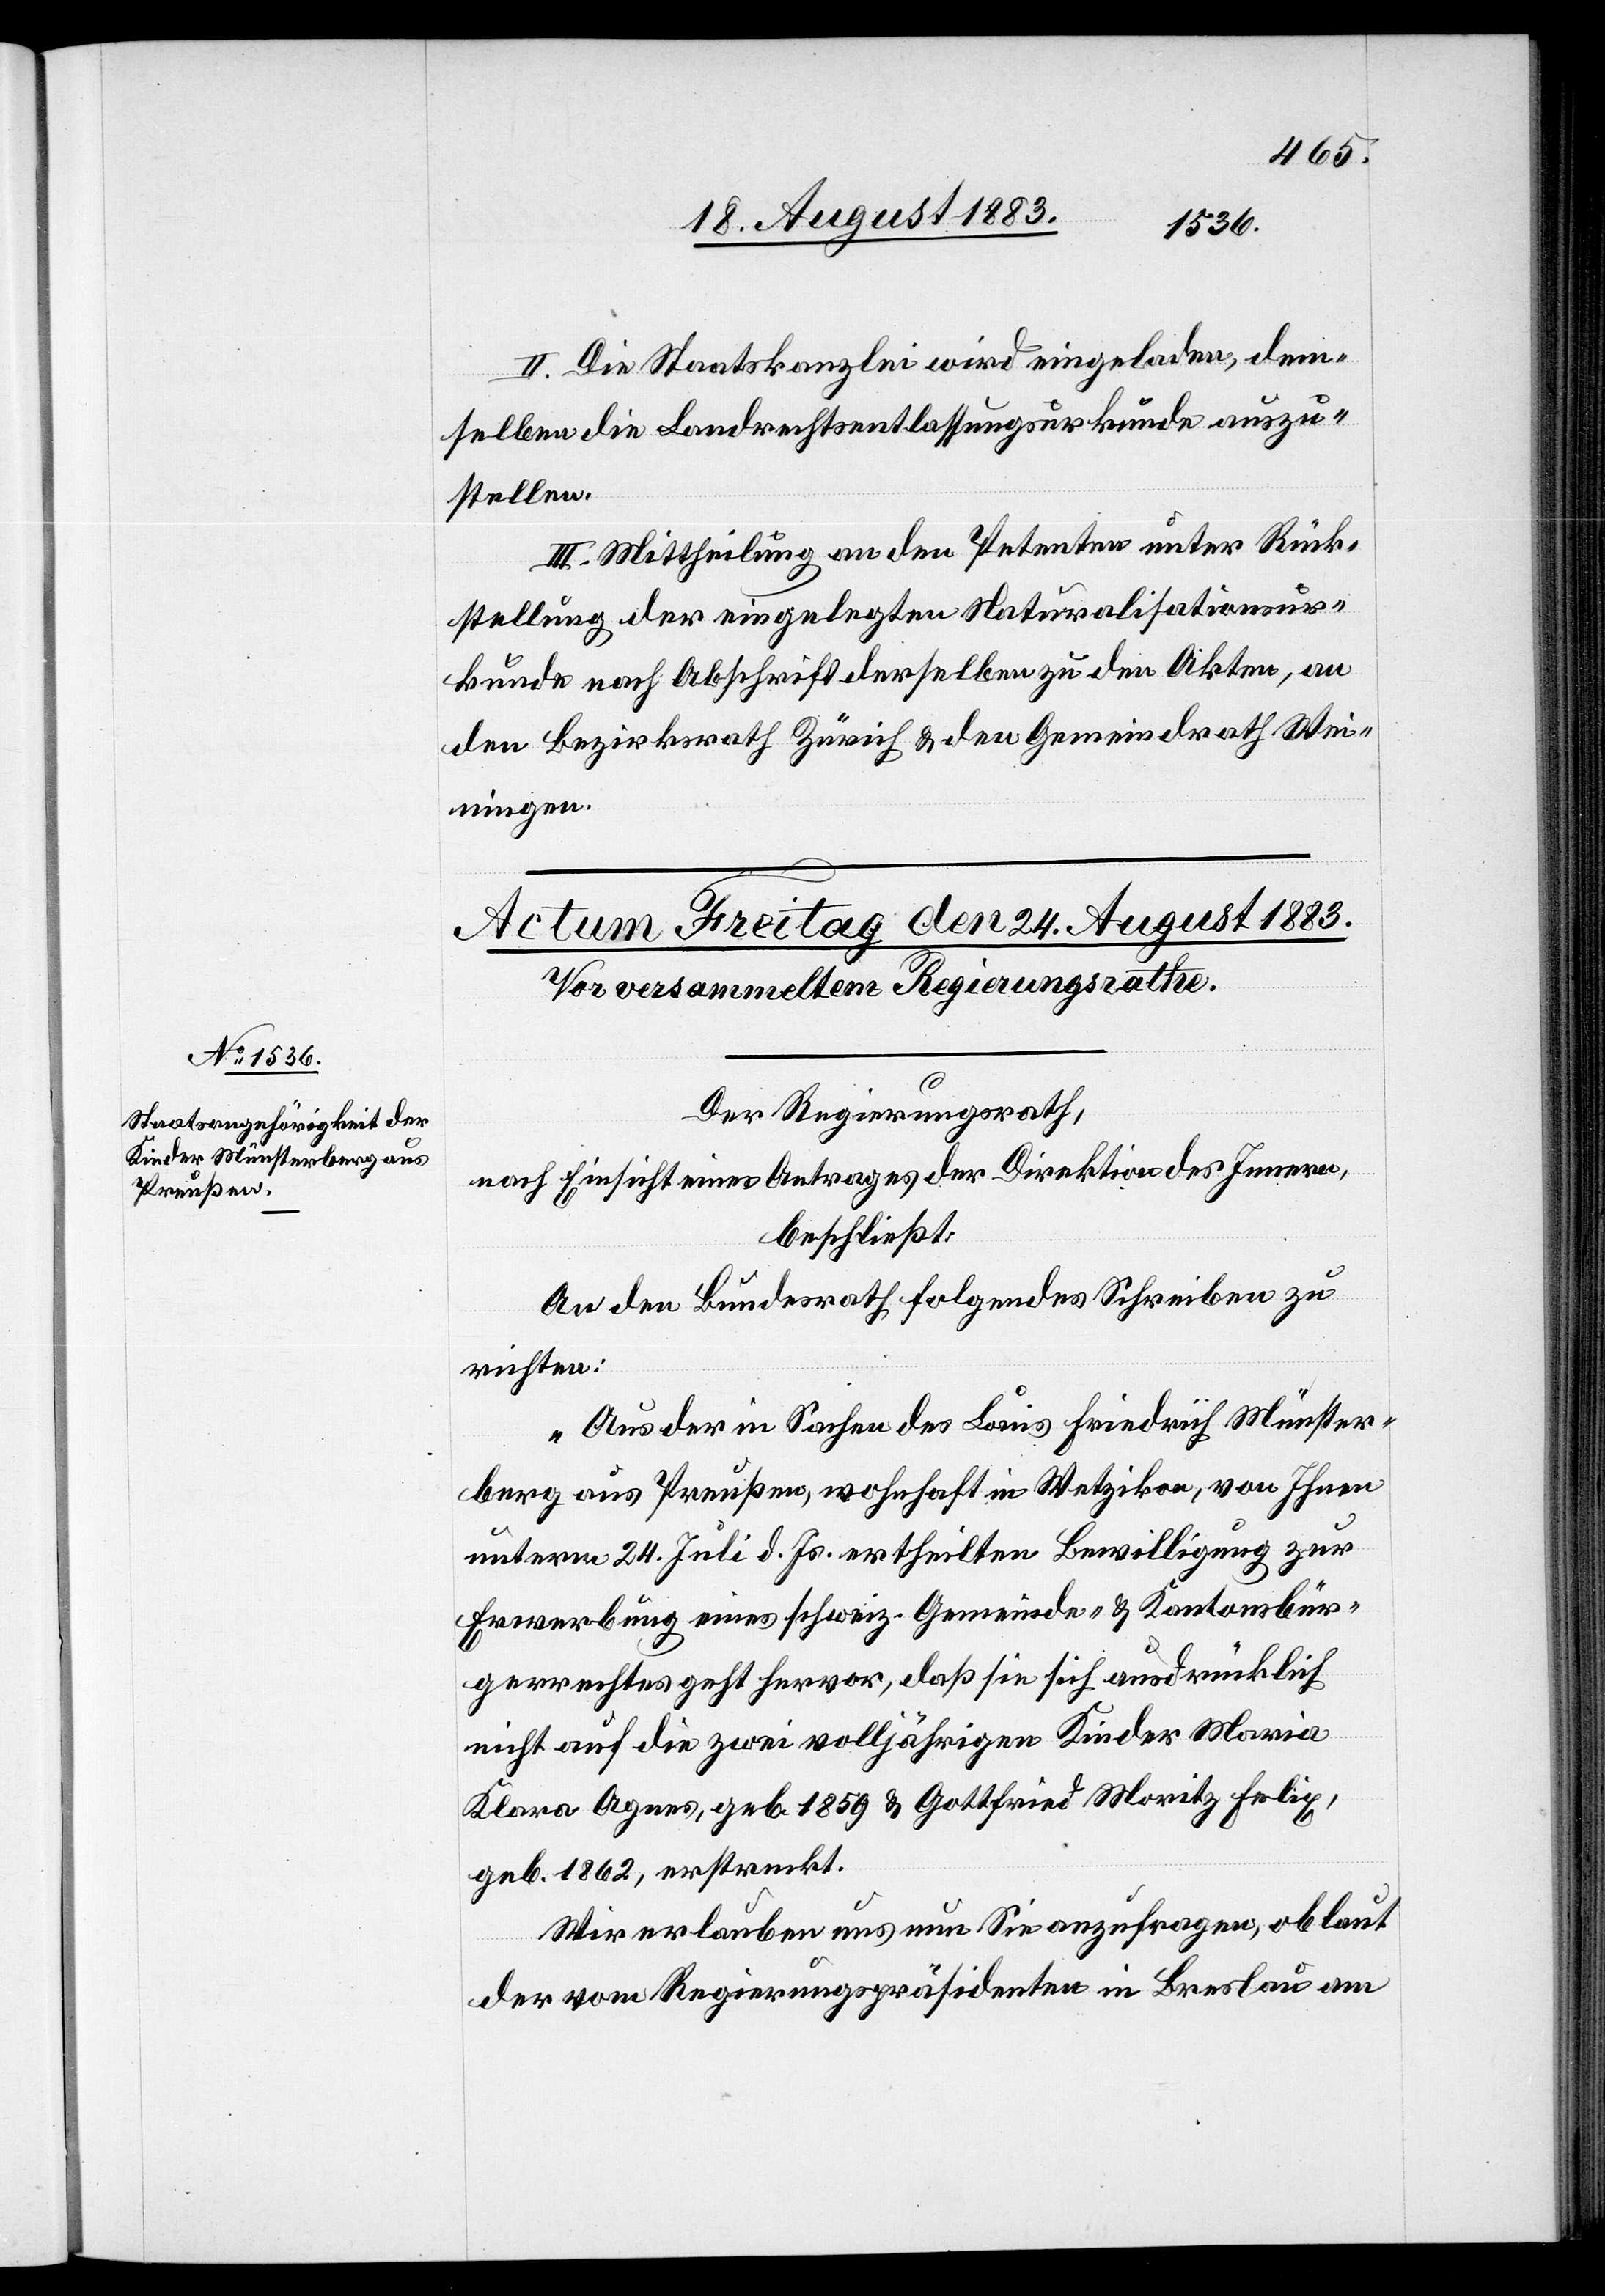
II. Die Staatskanzlei wird eingeladen, dem¬
selben die Landrechtsentlassungsurkunde auszu¬
stellen.
III. Mittheilung an den Petenten unter Rück¬
stellung der eingelegten Naturalisationsur¬
kunde nach Abschrift derselben zu den Akten, an
den Bezirksrath Zürich & den Gemeindrath Wei¬
ningen.
Der Regierungsrath,
nach Einsicht eines Antrages der Direktion des Innern,
beschließt:
An den Bundesrath folgendes Schreiben zu
richten:
„Aus der in Sachen des Louis Friedrich Münster¬
berg aus Preußen, wohnhaft in Wetzikon, von Ihnen
unterm 24, Juli d. Js. ertheilten Bewilligung zur
Erwerbung eines schweiz. Gemeinde- & Kantonsbür¬
gerrechtes geht hervor, daß sie sich ausdrücklich
nicht auf die zwei volljährigen Kinder Maria
Klara Agnes, geb. 1859 & Gottfried Moritz Felix,
geb. 1862, erstreckt.
Wir erlauben uns nun Sie anzufragen, ob laut
der vom Regierungspräsidenten in Breslau am